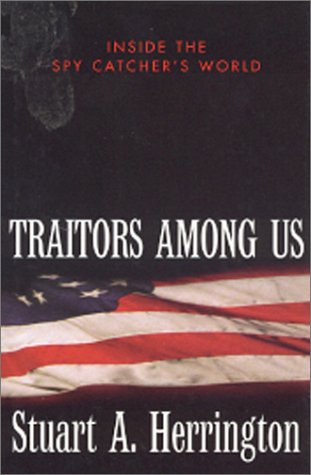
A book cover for Traitors Among Us: Inside the Spy Catcher's World; Stuart Herrington; History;